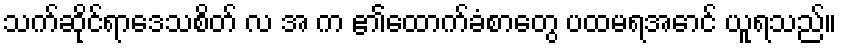
သက်ဆိုင်ရာဒေသစိတ် လ အ က ၏ထောက်ခံစာတွေ ပထမရအောင် ယူရသည်။